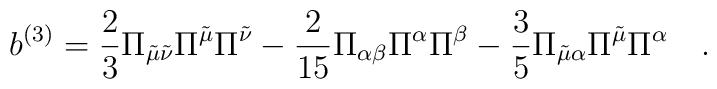
b^{(3)}=\frac{2}{3}\Pi_{\tilde\mu\tilde\nu}\Pi^{\tilde\mu}\Pi^{\tilde     \nu}-\frac{2}{15}\Pi_{\alpha\beta}\Pi^\alpha\Pi^\beta-     \frac{3}{5}\Pi_{\tilde\mu\alpha}\Pi^{\tilde\mu}\Pi^\alpha \quad.